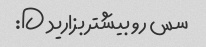
سس رو بیشتر بزارید D: